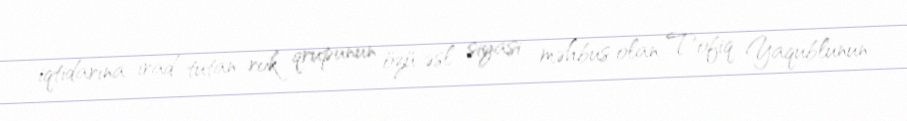
iqtidarına irad tutan rok qrupunun özü əsl siyasi məhbus olan Tofiq Yaqublunun